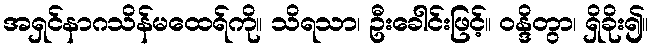
အရှင်နာဂသိန်မထေရ်ကို။ သိရသာ၊ ဦးခေါင်းဖြင့်။ ဝန္ဒိတွာ၊ ရှိခိုး၍။